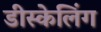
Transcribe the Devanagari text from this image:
डीस्केलिंग